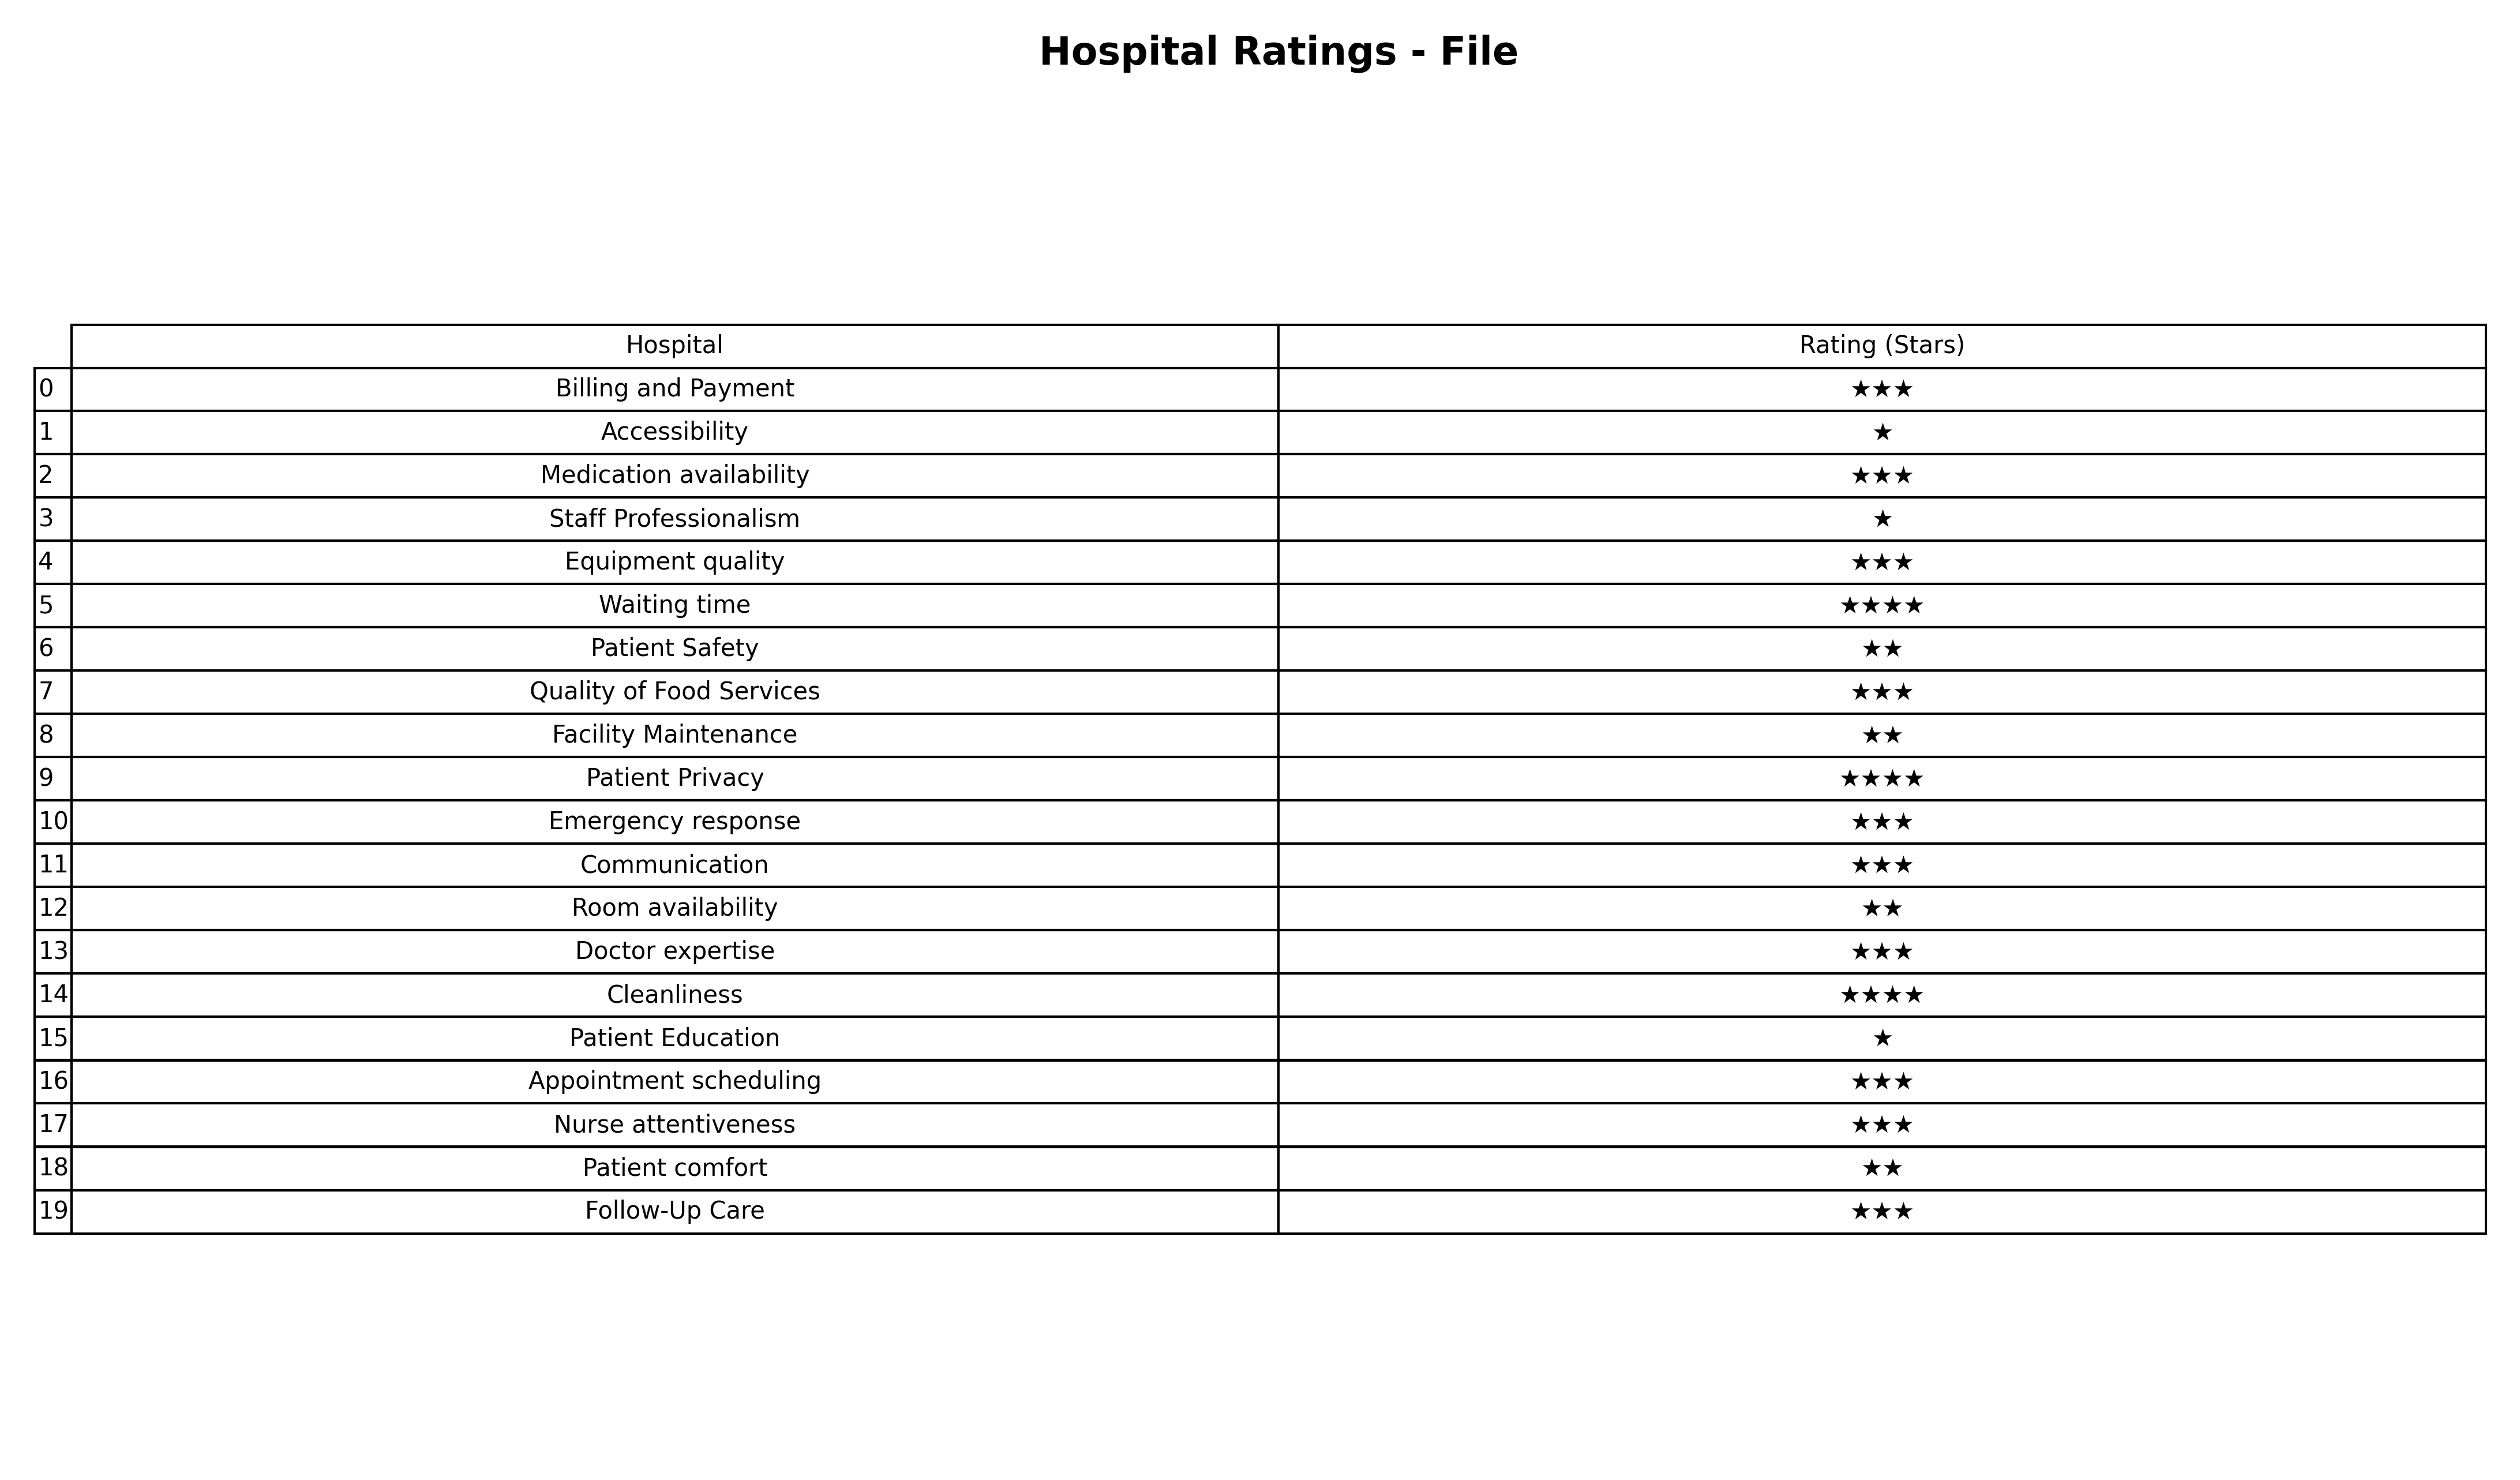
question: What is the rating of Cleanliness?
answer: ★★★★